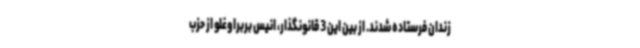
زندان فرستاده شدند. از بین این 3 قانونگذار، انیس بربراوغلو از حزب